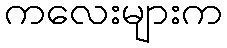
ကလေးများက